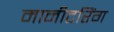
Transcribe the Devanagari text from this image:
मानीटरिंग